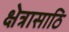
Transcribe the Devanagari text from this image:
क्षेत्रासाठि